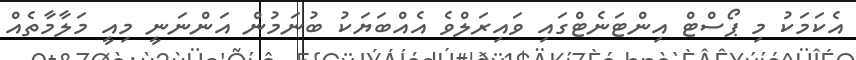
އެކަމަކު މި ޕޯސްޓް އިންޓަނެޓްގައި ވައިރަލްވެ އެއްބަޔަކު ބުނަމުން އަންނަނީ މިއީ މަލާމާތެއް